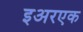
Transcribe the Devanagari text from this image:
इअरएक